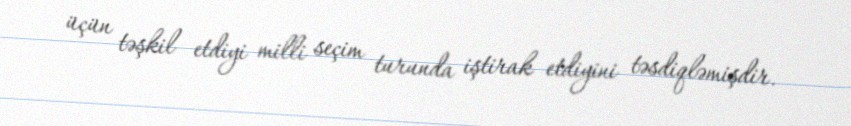
üçün təşkil etdiyi milli seçim turunda iştirak etdiyini təsdiqləmişdir.